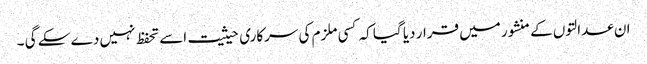
ان عدالتوں کے منشور میں قرار دیا گیا کہ کسی ملزم کی سرکاری حیثیت اسے تحفظ نہیں دے سکے گی ۔